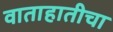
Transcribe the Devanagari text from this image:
वाताहातीचा